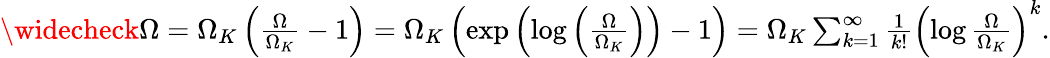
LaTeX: \begin{array}{r}{\widecheck{\Omega}=\Omega_{K}\left(\frac{\Omega}{\Omega_{K}}-1\right)=\Omega_{K}\left(\exp\left(\log\left(\frac{\Omega}{\Omega_{K}}\right)\right)-1\right)=\Omega_{K}\sum_{k=1}^{\infty}\frac{1}{k!}\left(\log\frac{\Omega}{\Omega_{K}}\right)^{k}.}\end{array}